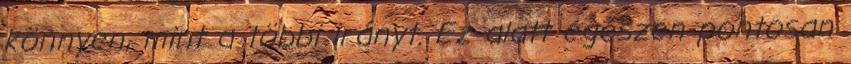
könnyen, mint a többi irányt. Ez alatt egészen pontosan